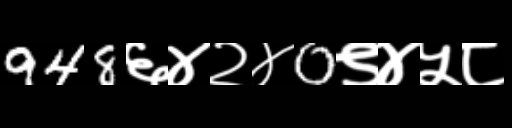
Text: 948६४२४0९४५८